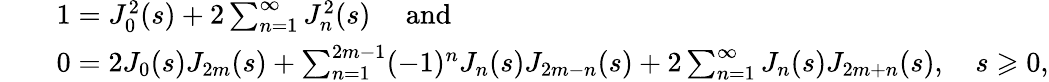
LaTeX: \begin{array}{rl}&{\quad 1=J_{0}^{2}(s)+2\sum_{n=1}^{\infty}J_{n}^{2}(s)\quad\mathrm{~and~}}\\ &{\quad 0=2J_{0}(s)J_{2m}(s)+\sum_{n=1}^{2m-1}(-1)^{n}J_{n}(s)J_{2m-n}(s)+2\sum_{n=1}^{\infty}J_{n}(s)J_{2m+n}(s),\quad s\geqslant 0,}\end{array}